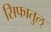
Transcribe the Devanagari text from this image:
सिफातुल्